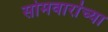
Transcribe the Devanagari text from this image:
सोमवारांच्या